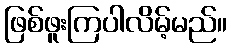
ဖြစ်ဖူးကြပါလိမ့်မည်။